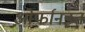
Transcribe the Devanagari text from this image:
ओर्फानइत